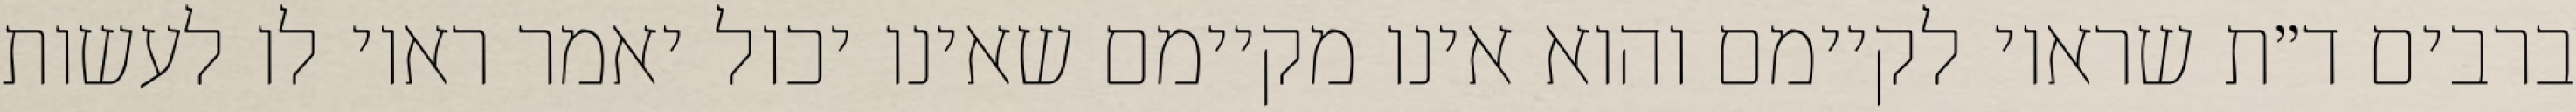
ברבים ד״ת שראוי לקיימם והוא אינו מקיימם שאינו יכול יאמר ראוי לו לעשות